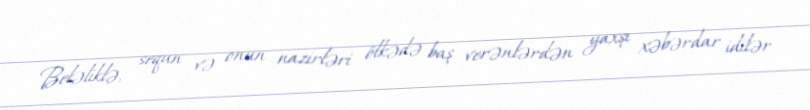
Beləliklə, sequn və onun nazirləri ölkədə baş verənlərdən yaxşı xəbərdar idilər